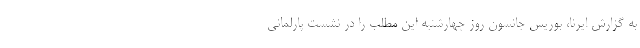
به گزارش ایرنا، بوریس جانسون روز چهارشنبه این مطلب را در نشست پارلمانی